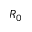
R _ { 0 }